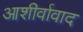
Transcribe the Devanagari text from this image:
आशीर्वावाद